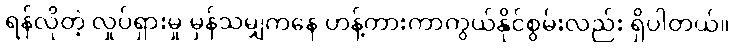
ရန်လိုတဲ့ လှုပ်ရှားမှု မှန်သမျှကနေ ဟန့်တားကာကွယ်နိုင်စွမ်းလည်း ရှိပါတယ်။